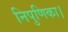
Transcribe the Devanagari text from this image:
निपुणिका।